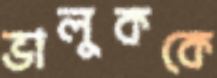
ভালুককে